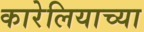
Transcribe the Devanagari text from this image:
कारेलियाच्या